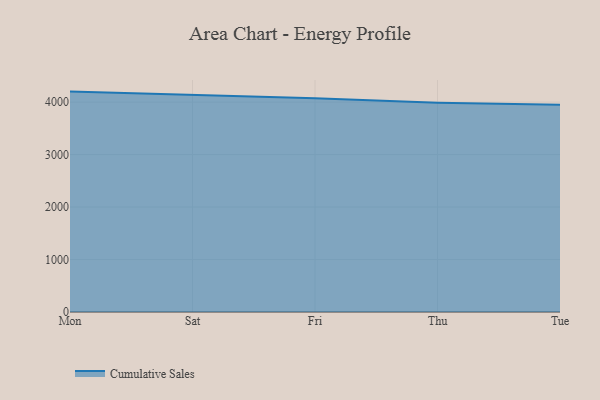
{"axis": {"x": "Day", "y": "Demand Index"}, "legend": ["Cumulative Sales"], "data": [{"x": "Mon", "y": 4200.7, "type": "Cumulative Sales"}, {"x": "Sat", "y": 4140.6, "type": "Cumulative Sales"}, {"x": "Fri", "y": 4073.6, "type": "Cumulative Sales"}, {"x": "Thu", "y": 3988.8, "type": "Cumulative Sales"}, {"x": "Tue", "y": 3948.3, "type": "Cumulative Sales"}]}